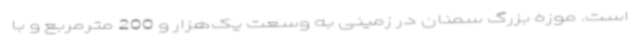
است. موزه بزرگ سمنان در زمینی به وسعت یک‌هزار و 200 مترمربع و با